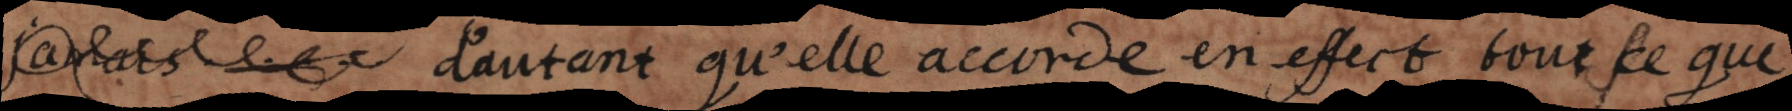
songer d’autant, qu’elle accorde en effect tout ce que